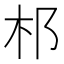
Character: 䢶